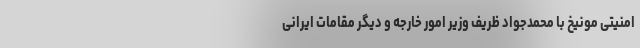
امنیتی مونیخ با محمدجواد ظریف وزیر امور خارجه و دیگر مقامات ایرانی